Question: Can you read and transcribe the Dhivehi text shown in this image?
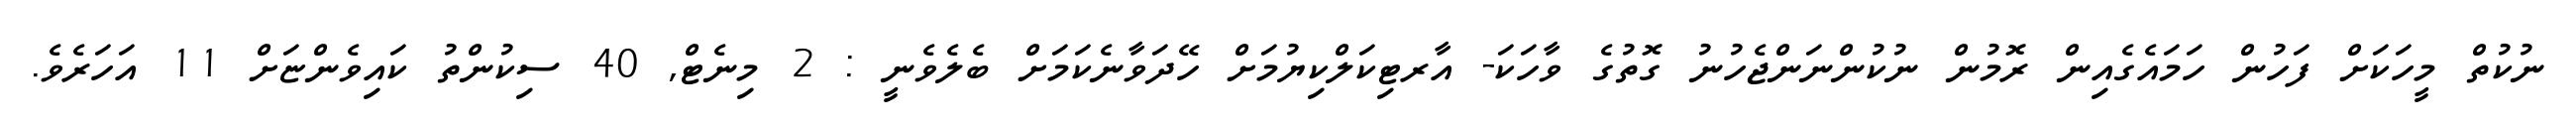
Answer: ނުކުތް މީހަކަށް ފަހުން ހަމައެގެއިން ރޮމުން ނުކުންނަންޖެހުނު ގޮތުގެ ވާހަކަ- އާރޓިކަލްކިޔުމަށް ހޭދަވާނެކަމަށް ބެލެވެނީ : 2 މިނެޓް, 40 ސިކުންތު ކައިވެންޏަށް 11 އަހަރެވެ.